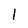
Character: 1